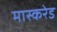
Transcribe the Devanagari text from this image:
मास्करेड